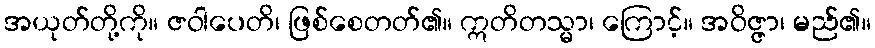
အယုတ်တို့ကို။ ဇဝါပေတိ၊ ဖြစ်စေတတ်၏။ ဣတိတသ္မာ၊ ကြောင့်။ အဝိဇ္ဇာ၊ မည်၏။